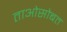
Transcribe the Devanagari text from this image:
ताओसोबत